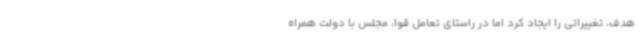
هدف، تغییراتی را ایجاد کرد اما در راستای تعامل قوا، مجلس با دولت همراه